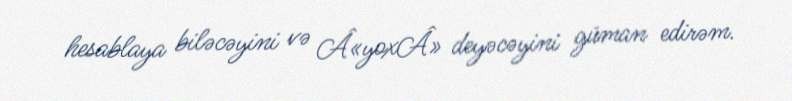
hesablaya biləcəyini və Â«yoxÂ» deyəcəyini güman edirəm.